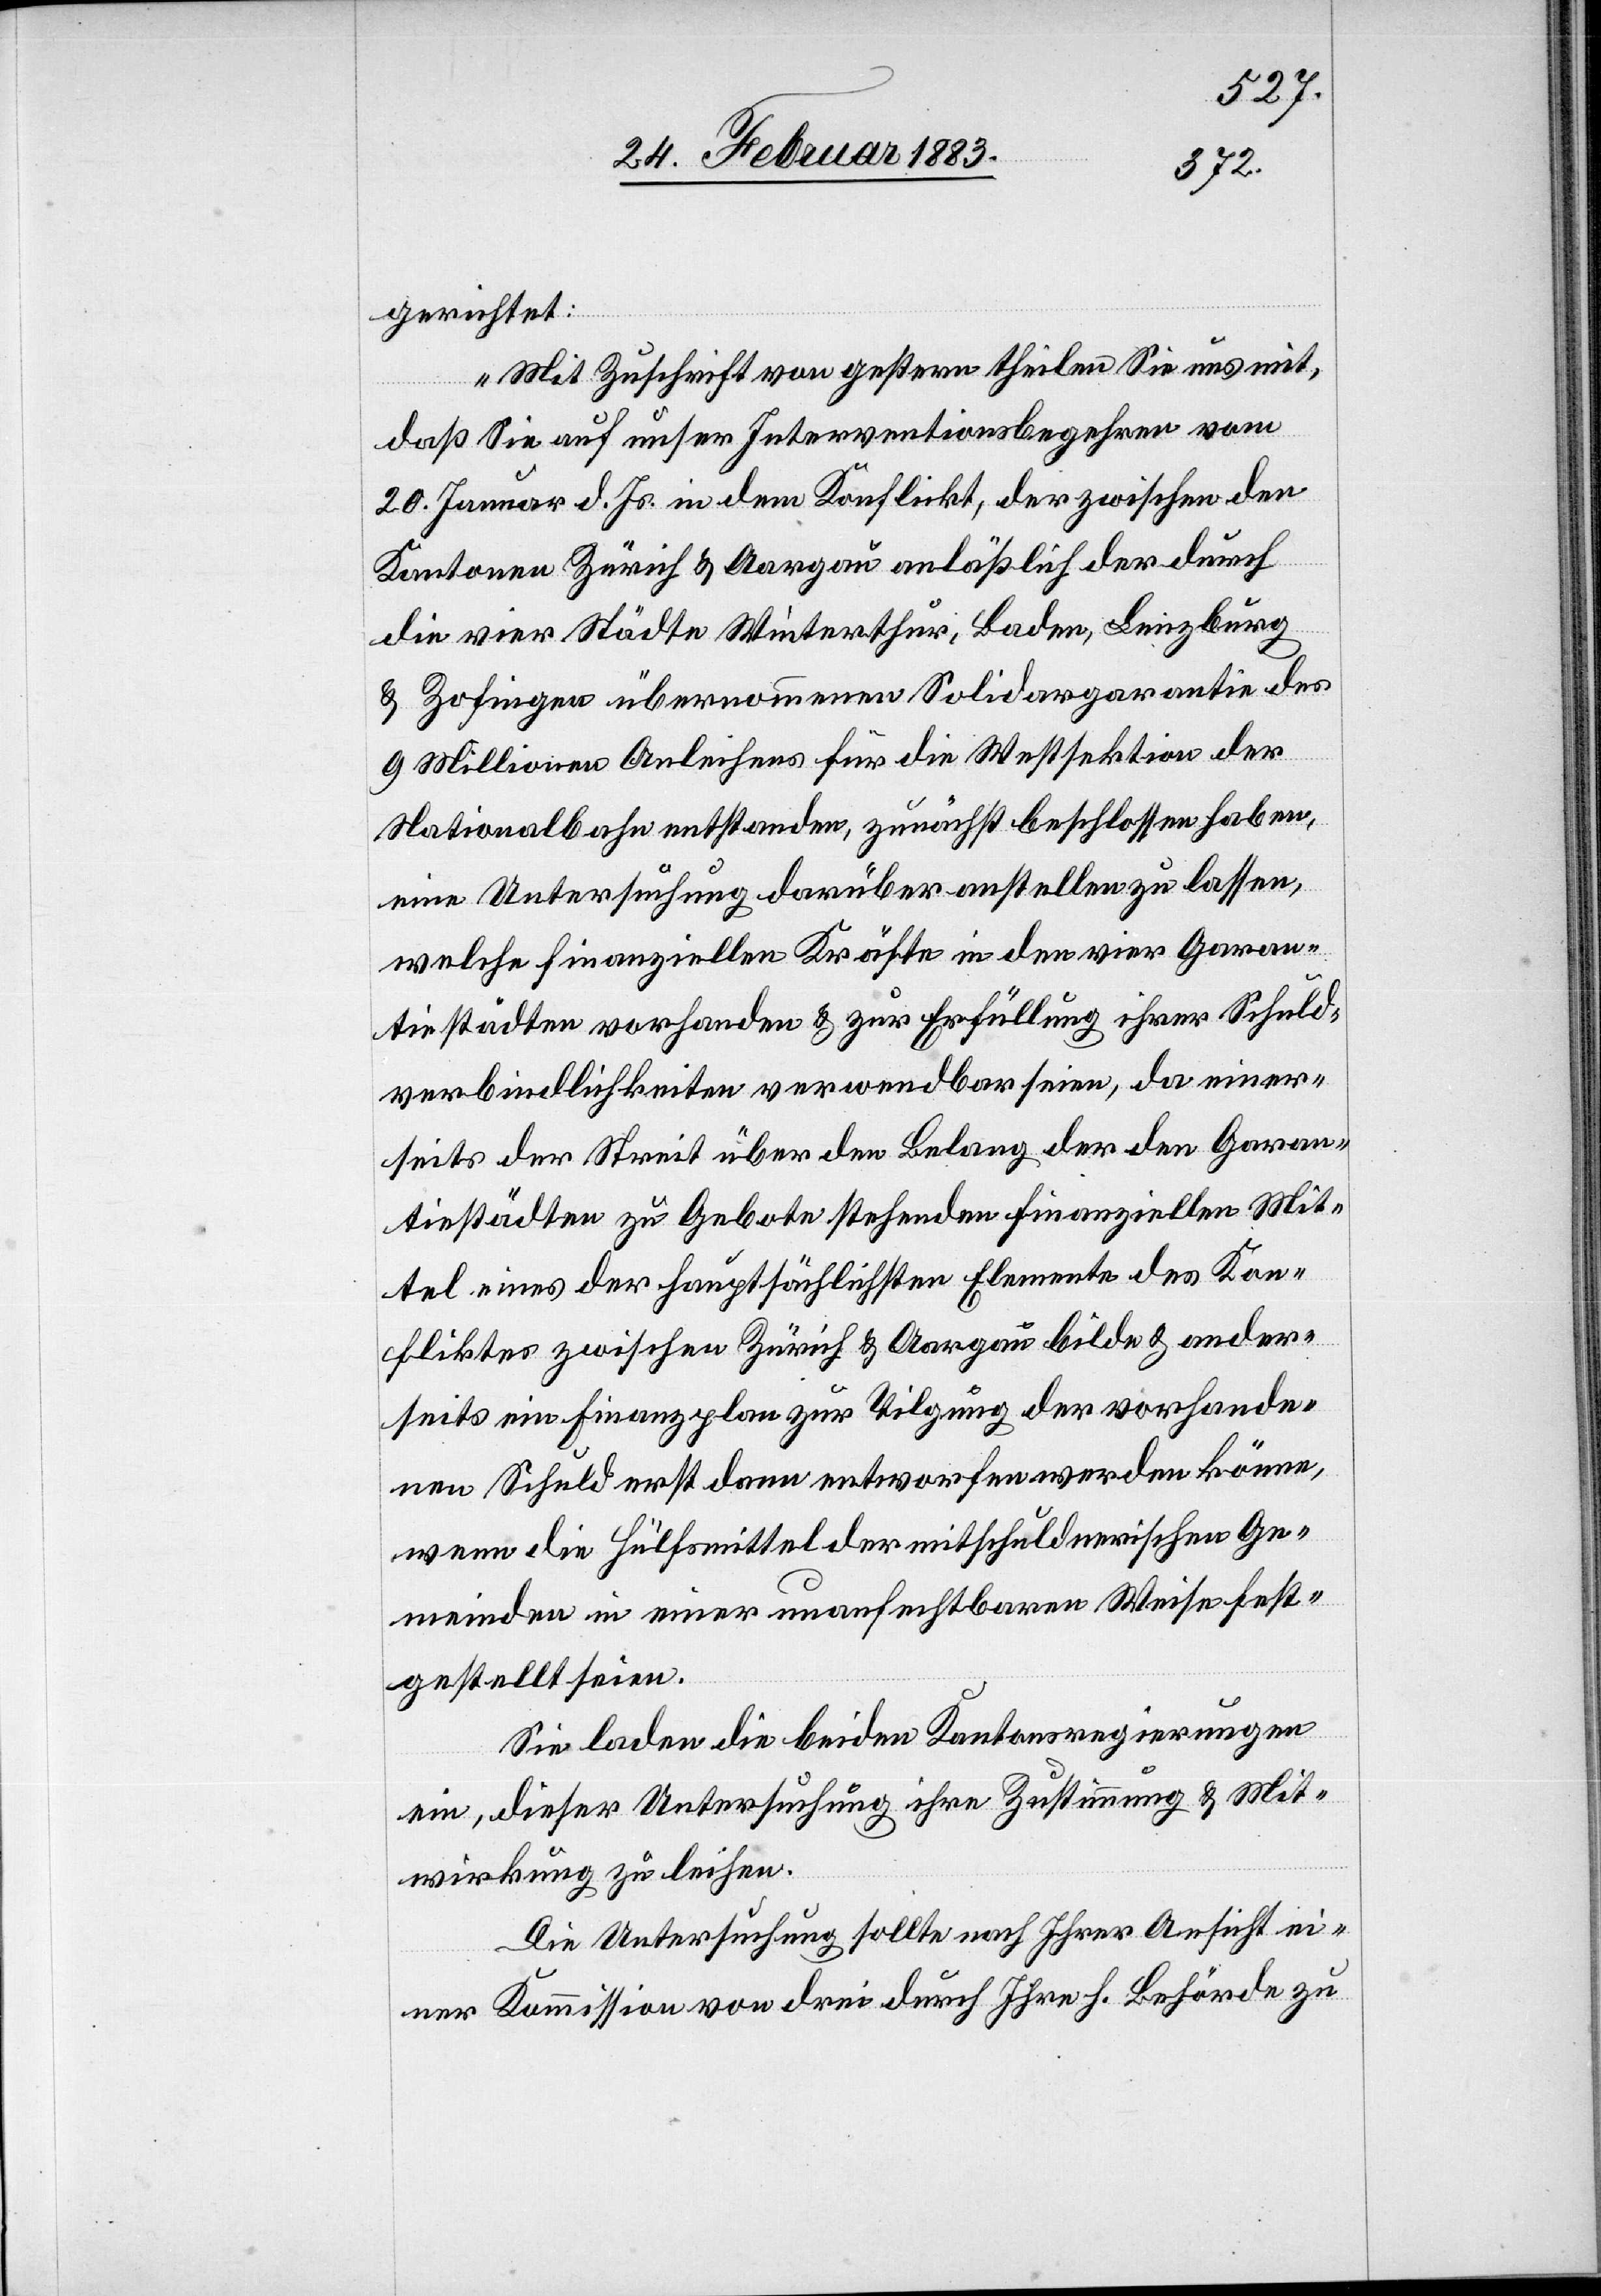
gerichtet:
„Mit Zuschrift von gestern theilen Sie uns mit,
daß Sie auf unser Interventionsbegehren vom
20. Januar d. Js. in dem Konflikt, der zwischen den
Kantonen Zürich & Aargau anläßlich der durch
die vier Städte Winterthur, Baden, Lenzburg
& Zofingen übernommenen Solidargarantie des
9 Millionen Anleihens für die Westsektion der
Nationalbahn entstanden, zunächst beschlossen haben,
eine Untersuchung darüber anstellen zu lassen,
welche finanziellen Kräfte in den vier Garan¬
tiestädten vorhanden & zur Erfüllung ihrer Schuld¬
verbindlichkeiten verwendbar seien, da einer¬
seits der Streit über den Belang der den Garan¬
tistädten zu Gebote stehenden finanziellen Mit¬
tel eines der hauptsächlichsten Elemente des Kon¬
fliktes zwischen Zürich & Aargau bilde & ander¬
seits ein Finanzplan zur Tilgung der vorhande¬
nen Schul erst dann entworfen werden könne,
wenn die Hülfsmittel der mitschuldnerischen Ge¬
meinden in einer unanfechtbaren Weise fest¬
gestellt seien.
Sie laden die beiden Kantonsregierungen
ein, dieser Untersuchung ihre Zustimmung & Mit¬
wirkung zu leihen.
Die Untersuchung sollte nach Ihrer Ansicht ei¬
ner Kommission von drei durch Ihre h. Behörde zu